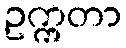
ဥက္ကတာ